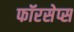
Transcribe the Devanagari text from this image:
फॉरसेप्स